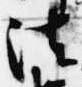
法